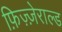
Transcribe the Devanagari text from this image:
फ़िज़्ज़ेराल्ड